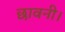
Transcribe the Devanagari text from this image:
छावनी।